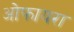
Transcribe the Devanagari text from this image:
ओफायरा